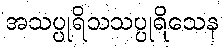
အသပ္ပုရိသသပ္ပုရိသေန